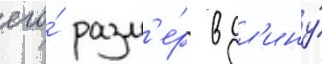
его́ разм'е́р в дл'ину́